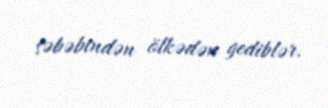
səbəbindən ölkədən gediblər.